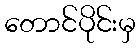
တောင်ပိုင်းမှ